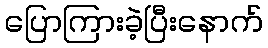
ပြောကြားခဲ့ပြီးနောက်